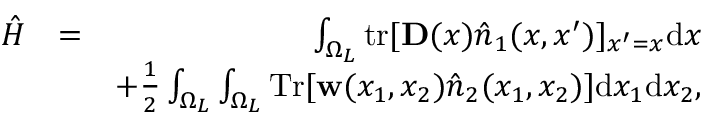
\begin{array} { r l r } { \hat { H } } & { = } & { \int _ { \Omega _ { L } } \ensuremath { \mathrm { t r } } [ \ensuremath { \mathbf { D } } ( x ) \hat { \b { n } } _ { 1 } ( x , x ^ { \prime } ) ] _ { x ^ { \prime } = x } \ensuremath { \mathrm { d } } x } \\ & { } & { + \frac { 1 } { 2 } \int _ { \Omega _ { L } } \int _ { \Omega _ { L } } \ensuremath { \mathrm { T r } } [ \ensuremath { \mathbf { w } } ( x _ { 1 } , x _ { 2 } ) \hat { \b { n } } _ { 2 } ( x _ { 1 } , x _ { 2 } ) ] \ensuremath { \mathrm { d } } x _ { 1 } \ensuremath { \mathrm { d } } x _ { 2 } , } \end{array}